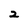
Character: 2